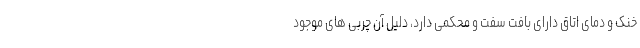
خنک و دمای اتاق دارای بافت سفت و محکمی دارد، دلیل آن چربی‌ های موجود